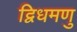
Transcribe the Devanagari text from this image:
द्विधमणु